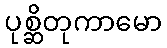
ပုစ္ဆိတုကာမော